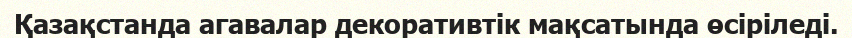
Қазақстанда агавалар декоративтік мақсатында өсіріледі.